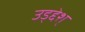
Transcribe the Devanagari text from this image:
उड्द्देश्